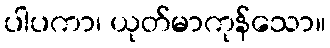
ပါပကာ၊ ယုတ်မာကုန်သော။